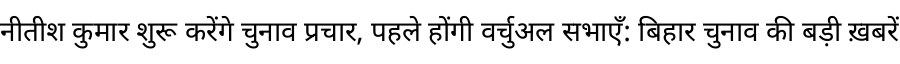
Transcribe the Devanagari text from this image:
नीतीश कुमार शुरू करेंगे चुनाव प्रचार, पहले होंगी वर्चुअल सभाएँ: बिहार चुनाव की बड़ी ख़बरें